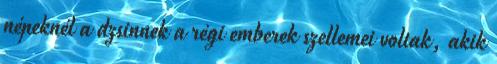
népeknél a dzsinnek a régi emberek szellemei voltak, akik